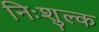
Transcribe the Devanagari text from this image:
निःशुल्‍क